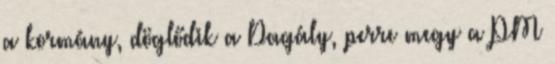
a kormány, döglődik a Dagály, perre megy a PM